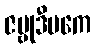
ဇမ္ဗုဒီပကေ